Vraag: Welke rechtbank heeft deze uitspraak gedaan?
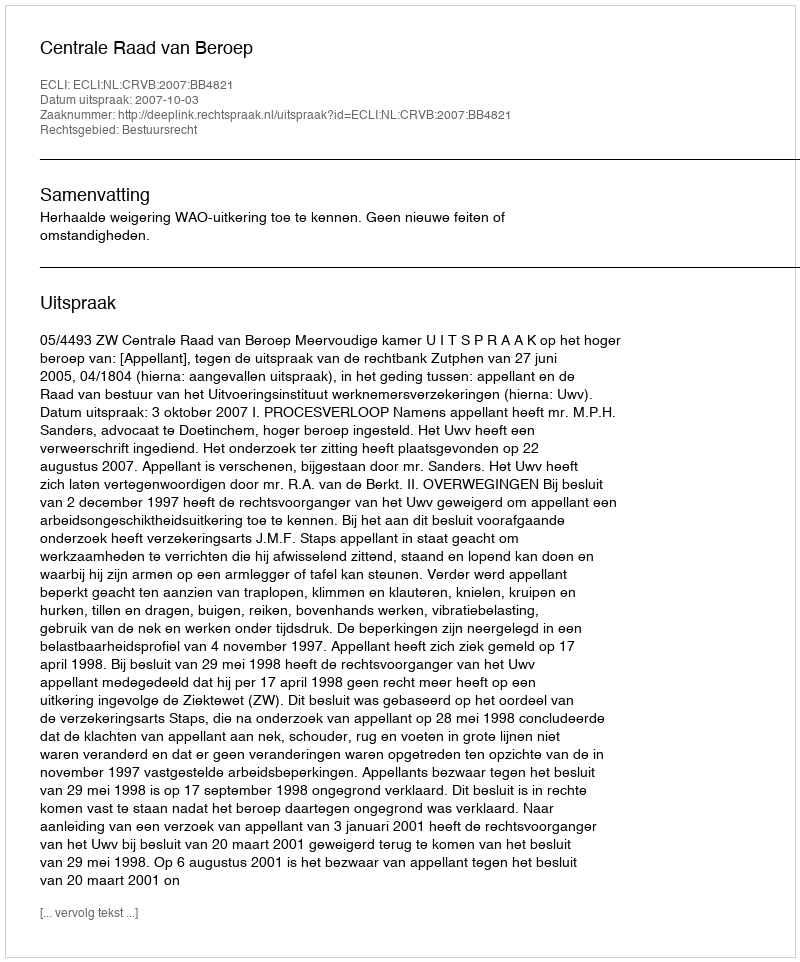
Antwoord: Centrale Raad van Beroep